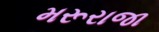
મરૂરાજા